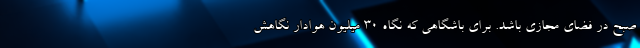
صبح در فضای مجازی باشد. برای باشگاهی که نگاه 30 میلیون هوادار نگاهش